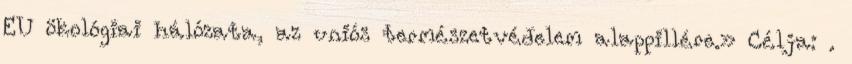
EU ökológiai hálózata, az uniós természetvédelem alappillére.» Célja: .